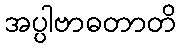
အပ္ပါဗာဓတာတိ